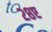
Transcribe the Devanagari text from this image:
२८ए